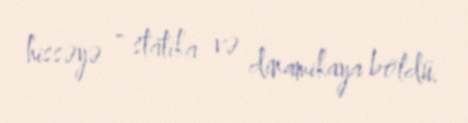
hissəyə - statika və dinamikaya böldü.